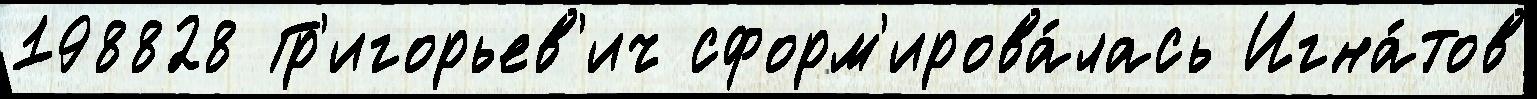
198828 Гр'игорьев'ич сформ'ирова́лась Игна́тов